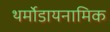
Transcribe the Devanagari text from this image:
थर्मोडायनामिक